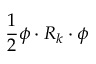
{ \frac { 1 } { 2 } } \phi \cdot R _ { k } \cdot \phi